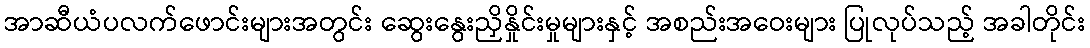
အာဆီယံပလက်ဖောင်းများအတွင်း ဆွေးနွေးညှိနှိုင်းမှုများနှင့် အစည်းအဝေးများ ပြုလုပ်သည့် အခါတိုင်း